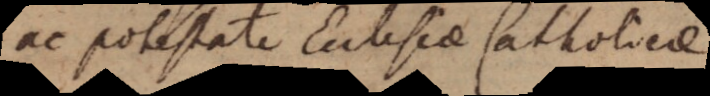
ac potestate Ecclesiae Catholicae